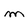
Character: m